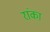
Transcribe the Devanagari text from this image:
रांका